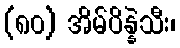
(၈၀) အိမ်ပိန္နဲသီး၊